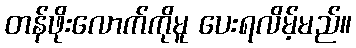
တန်ဖိုးလောက်ကိုမူ ပေးရလိမ့်မည်။